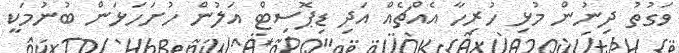
ވަގުތު ދިނުން މުޅި ހުރިހާ އެއްޗެއް އަދި ޑިޕޮސިޓް އަލުން ހުށަހަޅަން ބުނުމަކީ